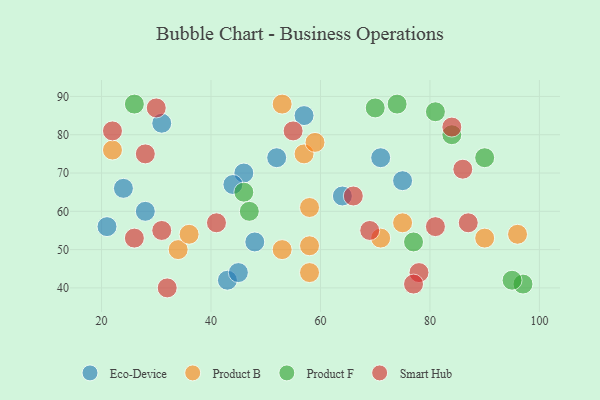
{"axis": {"x": "GDP", "y": "Life Expectancy"}, "legend": ["Eco-Device", "Product B", "Product F", "Smart Hub"], "data": [{"x": "75", "y": 68, "type": "Eco-Device"}, {"x": "46", "y": 70, "type": "Eco-Device"}, {"x": "28", "y": 60, "type": "Eco-Device"}, {"x": "43", "y": 42, "type": "Eco-Device"}, {"x": "45", "y": 44, "type": "Eco-Device"}, {"x": "64", "y": 64, "type": "Eco-Device"}, {"x": "31", "y": 83, "type": "Eco-Device"}, {"x": "57", "y": 85, "type": "Eco-Device"}, {"x": "48", "y": 52, "type": "Eco-Device"}, {"x": "52", "y": 74, "type": "Eco-Device"}, {"x": "21", "y": 56, "type": "Eco-Device"}, {"x": "44", "y": 67, "type": "Eco-Device"}, {"x": "71", "y": 74, "type": "Eco-Device"}, {"x": "24", "y": 66, "type": "Eco-Device"}, {"x": "58", "y": 44, "type": "Product B"}, {"x": "53", "y": 50, "type": "Product B"}, {"x": "34", "y": 50, "type": "Product B"}, {"x": "58", "y": 61, "type": "Product B"}, {"x": "75", "y": 57, "type": "Product B"}, {"x": "57", "y": 75, "type": "Product B"}, {"x": "58", "y": 51, "type": "Product B"}, {"x": "53", "y": 88, "type": "Product B"}, {"x": "22", "y": 76, "type": "Product B"}, {"x": "71", "y": 53, "type": "Product B"}, {"x": "96", "y": 54, "type": "Product B"}, {"x": "36", "y": 54, "type": "Product B"}, {"x": "90", "y": 53, "type": "Product B"}, {"x": "59", "y": 78, "type": "Product B"}, {"x": "70", "y": 87, "type": "Product F"}, {"x": "46", "y": 65, "type": "Product F"}, {"x": "81", "y": 86, "type": "Product F"}, {"x": "74", "y": 88, "type": "Product F"}, {"x": "90", "y": 74, "type": "Product F"}, {"x": "77", "y": 52, "type": "Product F"}, {"x": "97", "y": 41, "type": "Product F"}, {"x": "26", "y": 88, "type": "Product F"}, {"x": "95", "y": 42, "type": "Product F"}, {"x": "47", "y": 60, "type": "Product F"}, {"x": "84", "y": 80, "type": "Product F"}, {"x": "30", "y": 87, "type": "Smart Hub"}, {"x": "28", "y": 75, "type": "Smart Hub"}, {"x": "78", "y": 44, "type": "Smart Hub"}, {"x": "69", "y": 55, "type": "Smart Hub"}, {"x": "32", "y": 40, "type": "Smart Hub"}, {"x": "84", "y": 82, "type": "Smart Hub"}, {"x": "26", "y": 53, "type": "Smart Hub"}, {"x": "81", "y": 56, "type": "Smart Hub"}, {"x": "86", "y": 71, "type": "Smart Hub"}, {"x": "55", "y": 81, "type": "Smart Hub"}, {"x": "41", "y": 57, "type": "Smart Hub"}, {"x": "77", "y": 41, "type": "Smart Hub"}, {"x": "87", "y": 57, "type": "Smart Hub"}, {"x": "66", "y": 64, "type": "Smart Hub"}, {"x": "31", "y": 55, "type": "Smart Hub"}, {"x": "22", "y": 81, "type": "Smart Hub"}]}